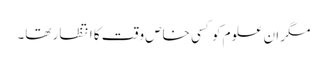
مگر ان علوم کو کسی خاص وقت کا انتظار تھا۔